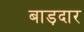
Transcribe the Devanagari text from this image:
बाड़दार